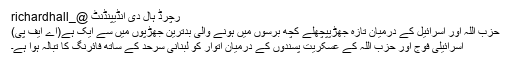
رچرڈ ہال دی انڈیپنڈنٹ @_richardhall
حزب اللہ اور اسرائیل کے درمیان تازہ جھڑپپچھلے کچھ برسوں میں ہونے والی بدترین جھڑپوں میں سے ایک ہے(اے ایف پی)
اسرائیلی فوج اور حزب اللہ کے عسکریت پسندوں کے درمیان اتوار کو لبنانی سرحد کے ساتھ فائرنگ کا تبالہ ہوا ہے۔